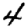
Digit: 4